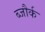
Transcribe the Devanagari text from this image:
ब्जौर्क